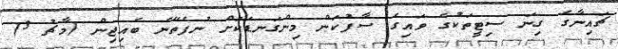
ޗައިނާގެ ގިނަ ސިޓީތަކުގެ ވައިގެ ސާފުކަން މިންގަނޑަކަށް ނުފެތޭނެ ބެއިޖިން (މާޗު 3)